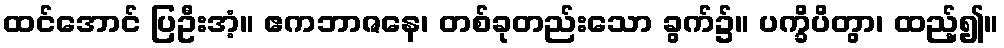
ထင်အောင် ပြဦးအံ့။ ဧကဘာဇနေ၊ တစ်ခုတည်းသော ခွက်၌။ ပက္ခိပိတွာ၊ ထည့်၍။